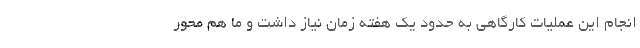
انجام این عملیات کارگاهی به حدود یک هفته زمان نیاز داشت و ما هم محور